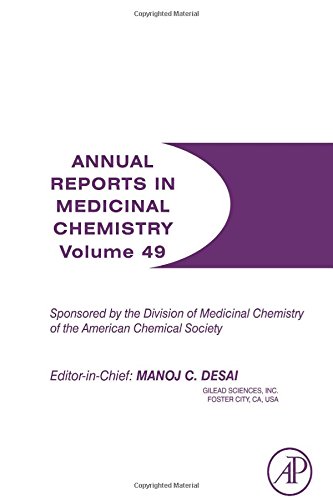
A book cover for Annual Reports in Medicinal Chemistry, Volume 49; Science & Math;